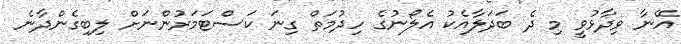
އޭނާ ވިދާޅުވީ މި ދެ ބަދަލާއެކު އެލޯނުގެ ހިދުމަތް ގިނަ ކަސްޓަމަރުންނަށް ލިބިގެންދާނެ